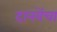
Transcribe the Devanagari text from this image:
दानवेंचा